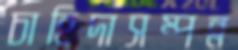
চাহিদাসম্পন্ন